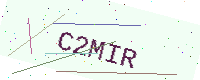
Text: C2MIR